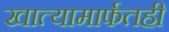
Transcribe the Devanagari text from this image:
खात्यामार्फतही